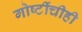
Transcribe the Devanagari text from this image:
गोष्टींचीही